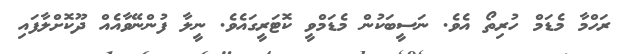
ރަހްމާ މެޑަމް ހުރިތޯ އެވެ. ނަސީބަކުން މެޑަމްވީ ކޮޓަރީގައެވެ. ނީލާ ފުންނޭވާއެއް ދޫކޮށްލާފައި